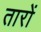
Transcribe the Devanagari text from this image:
तारों